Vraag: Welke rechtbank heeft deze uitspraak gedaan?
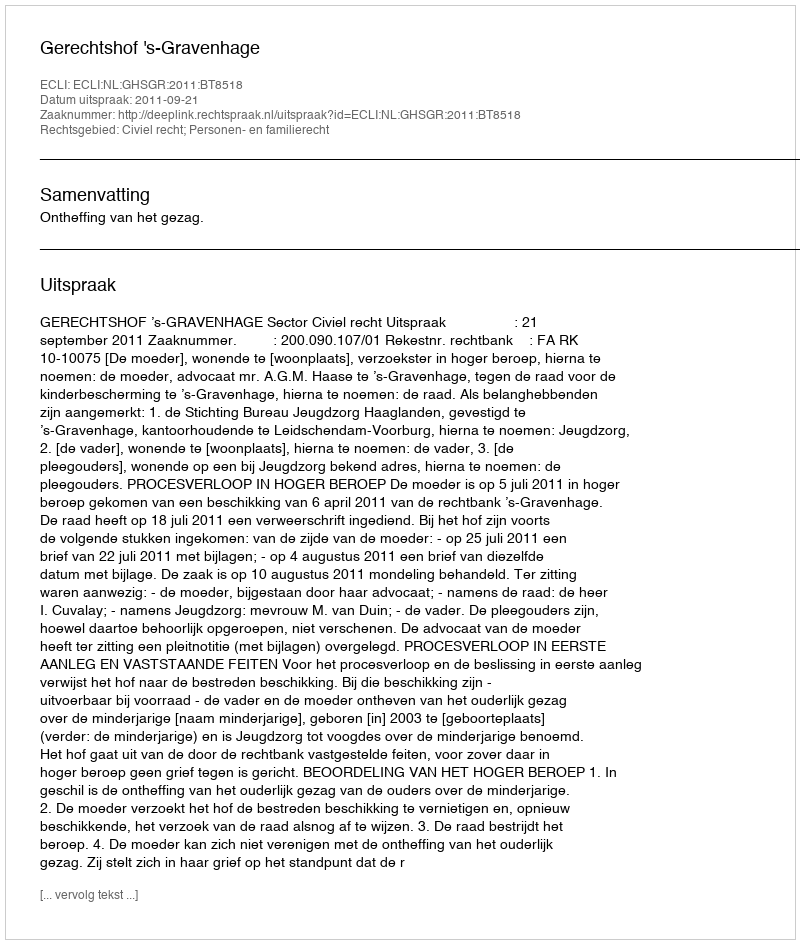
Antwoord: Gerechtshof 's-Gravenhage